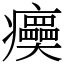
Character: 㿙